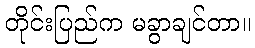
တိုင်းပြည်က မခွာချင်တာ။